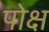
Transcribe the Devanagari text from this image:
पोक्ष